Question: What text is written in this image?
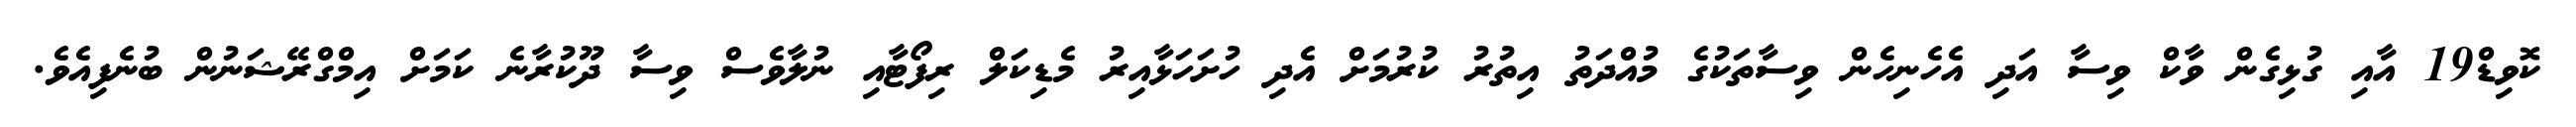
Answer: ކޮވިޑް19 އާއި ގުޅިގެން ވާކް ވިސާ އަދި އެހެނިހެން ވިސާތަކުގެ މުއްދަތު އިތުރު ކުރުމަށް އެދި ހުށަހަޅާއިރު މެޑިކަލް ރިފޯޓާއި ނުލާވެސް ވިސާ ދޫކުރާނެ ކަމަށް އިމްގްރޭޝަނުން ބުނެފިއެވެ.